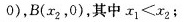
0)，B(x_{2}，0)，其中 $$x _ { 1 } < x _ { 2 }$$；